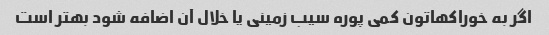
اگر به خوراکهاتون کمی پوره سیب زمینی یا خلال آن اضافه شود بهتر است